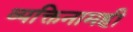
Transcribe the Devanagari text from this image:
व्यक्तिनामही